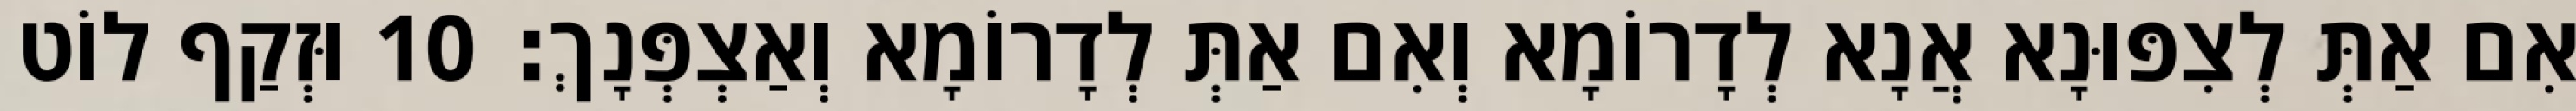
אִם אַתְּ לְצִפּוּנָא אֲנָא לְדָרוֹמָא וְאִם אַתְּ לְדָרוֹמָא וְאַצְפְּנָךְ׃ 10 וּזְקַף לוֹט